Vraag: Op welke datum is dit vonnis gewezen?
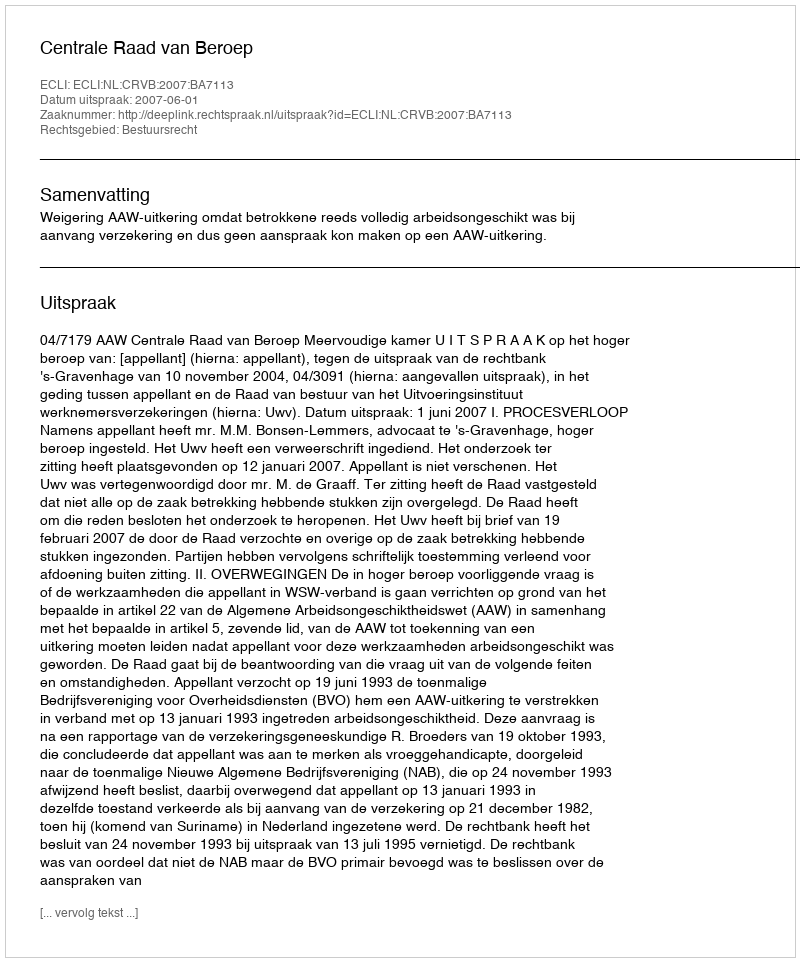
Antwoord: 2007-06-01